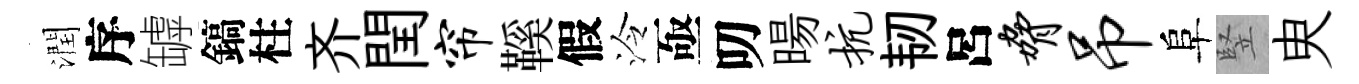
潤序罅鎬柱齐閏帘鞵假泠亟叨暘抗韧呂胁吊阜竪㬰